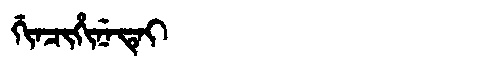
Manchu: ᡤᡳᠨᠴᡳᡥᡳᠨᡝᡨᡝᡳ
Romanization: GINCIHINETEI